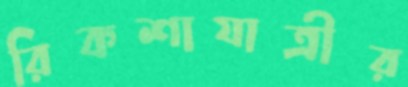
রিকশাযাত্রীর